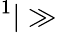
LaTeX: ^1|\gg